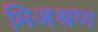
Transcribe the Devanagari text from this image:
मिअश्रण